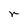
Character: r